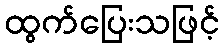
ထွက်ပြေးသဖြင့်